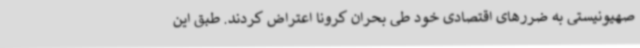
صهیونیستی به ضررهای اقتصادی خود طی بحران کرونا اعتراض کردند. طبق این